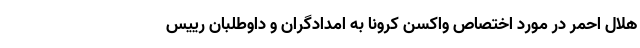
هلال ‌احمر در مورد اختصاص واکسن کرونا به امدادگران و داوطلبان رییس